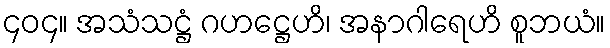
၄၀၄။ အသံသဋ္ဌံ ဂဟဋ္ဌေဟိ၊ အနာဂါရေဟိ စူဘယံ။